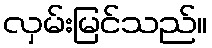
လှမ်းမြင်သည်။